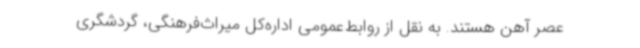
عصر آهن هستند. به نقل از روابط‌عمومی اداره‌کل میراث‌فرهنگی، گردشگری